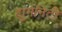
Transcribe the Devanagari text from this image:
ह्युमेनिटी